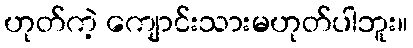
ဟုတ်ကဲ့ ကျောင်းသားမဟုတ်ပါဘူး။